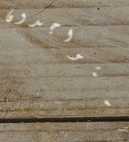
المتواجدون